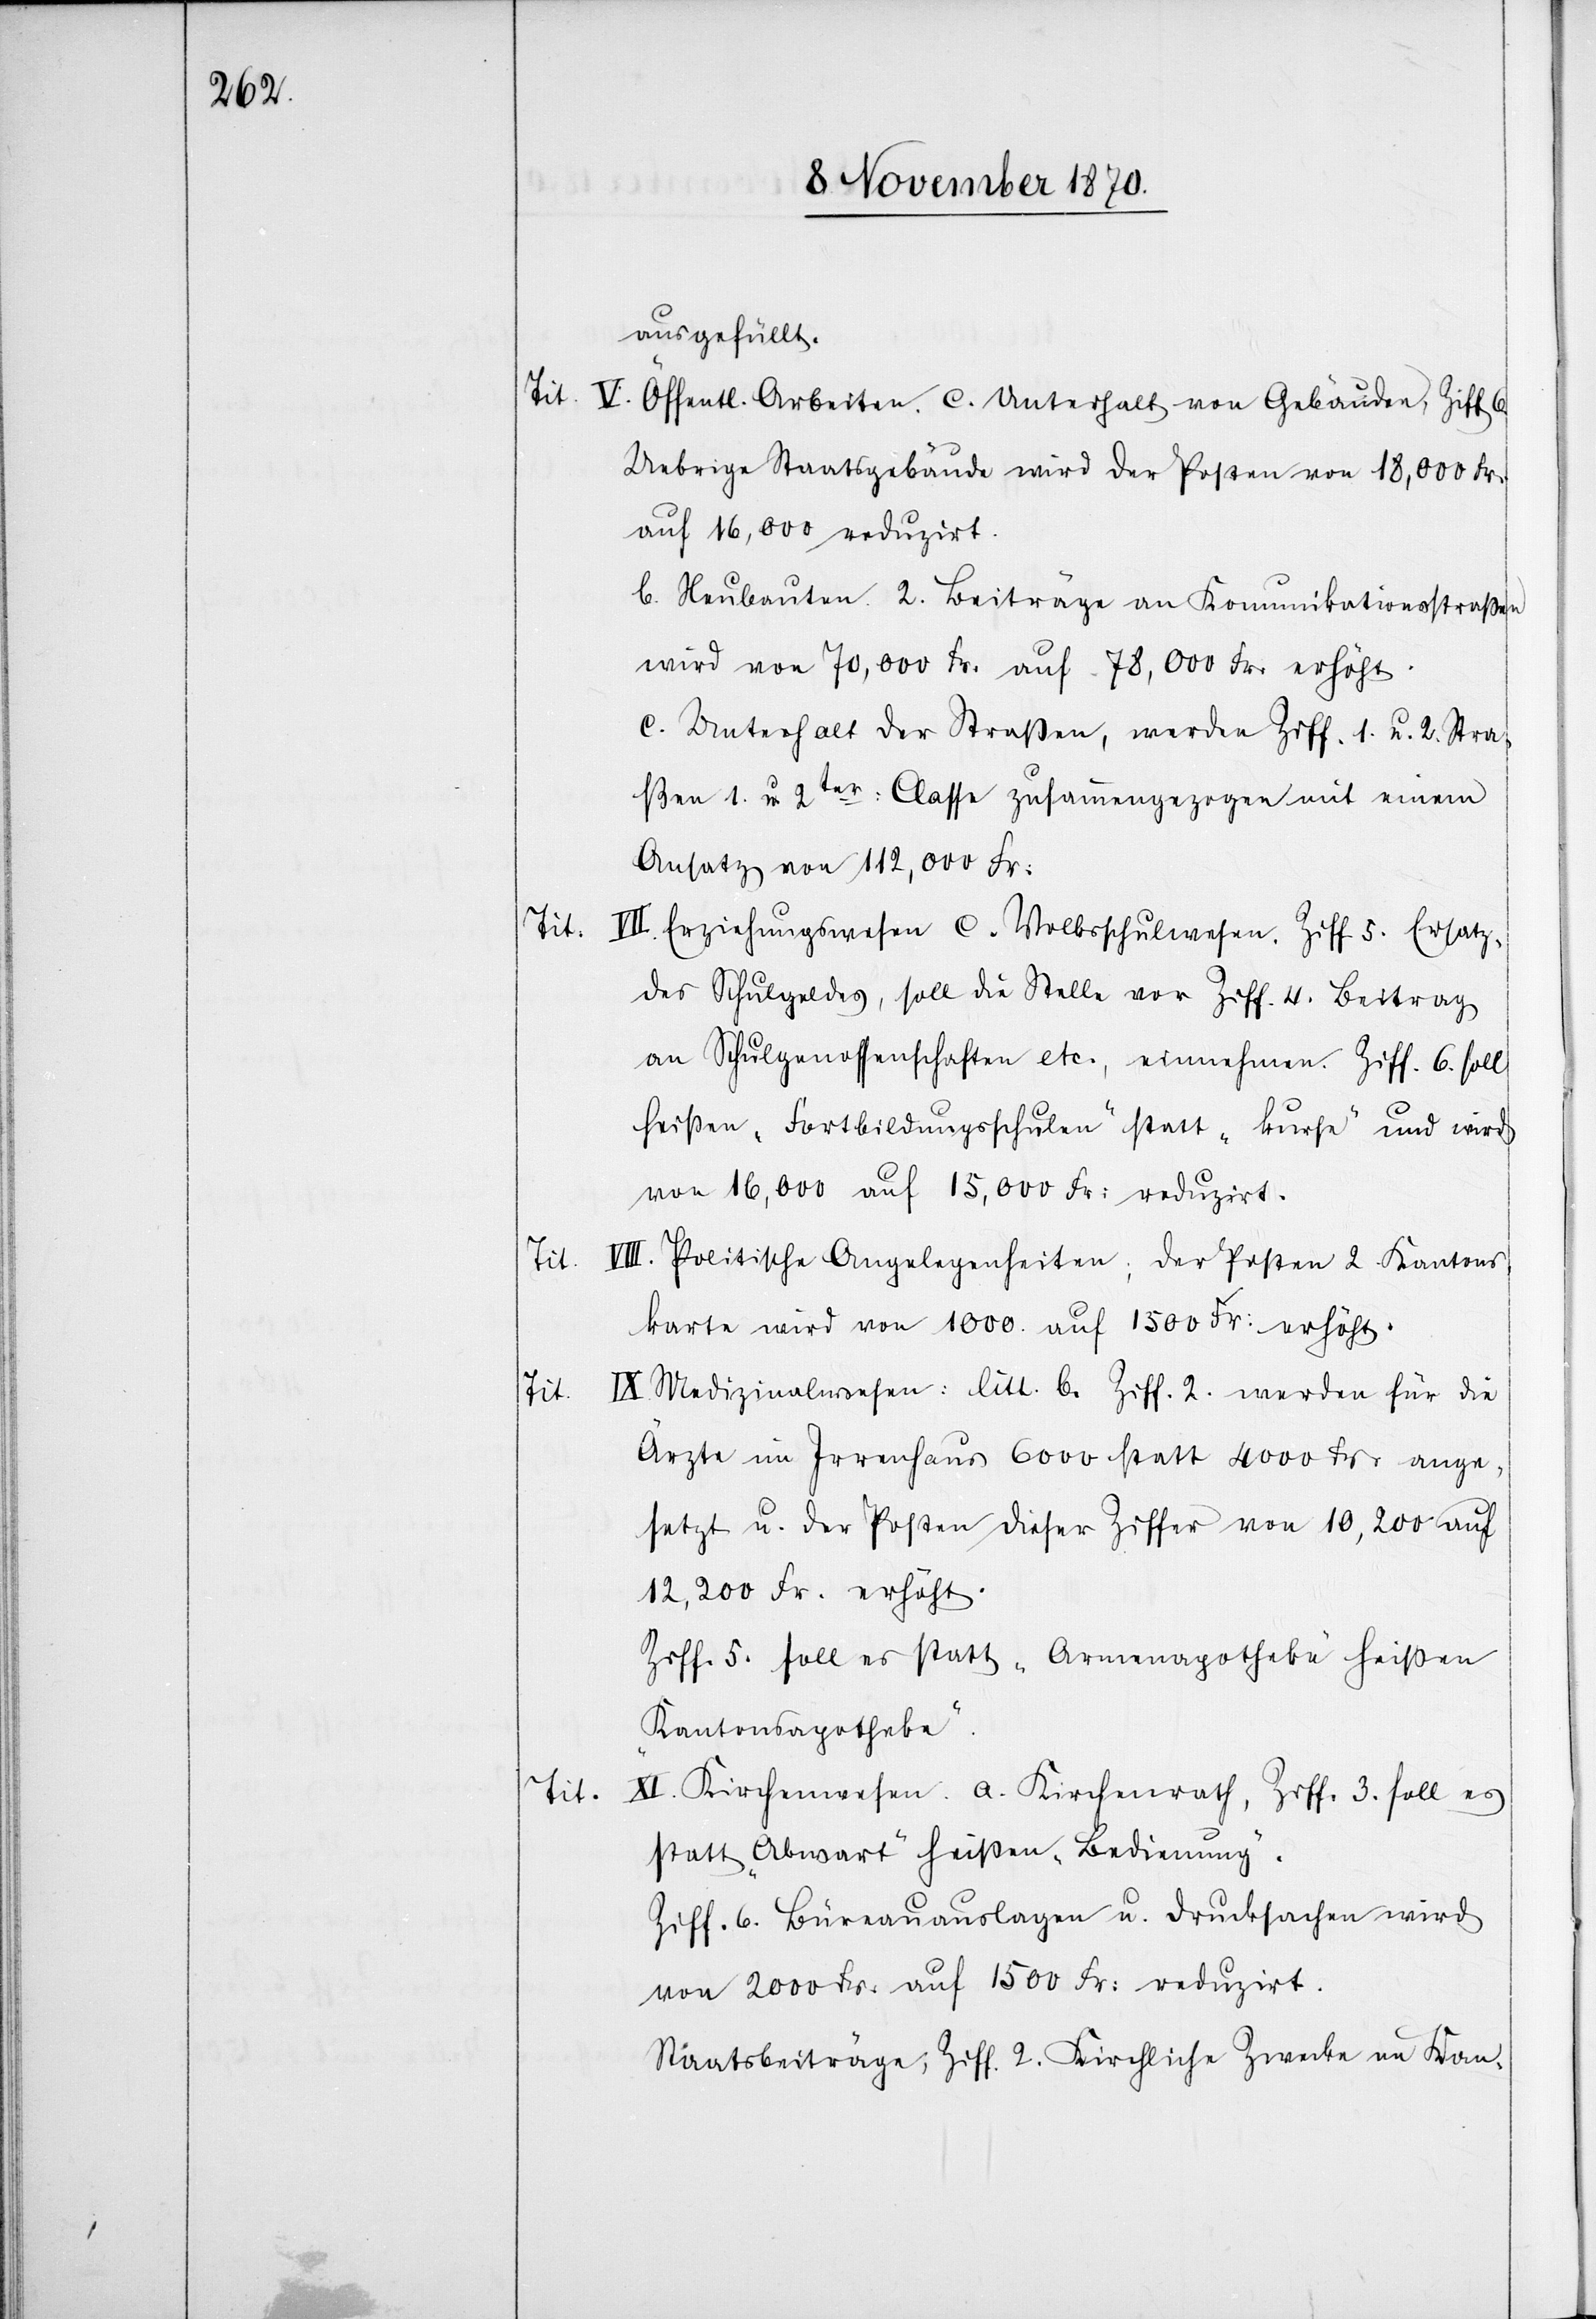
Tit.

ausgefüllt.
Tit. V. Öffentl. Arbeiten. c. Unterhalt von Gebäuden, Ziff 6.
Uebrige Staatsgebäude wird der Posten von 18,000 Fr.
auf 16,000 reduzirt.
b. Neubauten. 2. Beiträge an Kommunikationstraßen
wird von 70,000 Fr. auf 78,000 Fr. erhöht.
c. Unterhalt der Straßen, werden Ziff. 1. u. 2. Stra¬
ßen 1. u 2ter Classe zusammengezogen mit einem
Ansatz von 112,000 Fr:
VII. Erziehungswesen c. Volksschulwesen. Ziff. 5. Ersatz
des Schulgeldes, soll die Stelle vor Ziff. 4. Beitrag
an Schulgenossenschaften etc., einnehmen. Ziff. 6. soll
heißen „Fortbildungsschulen“ statt „Kurse“ und wird
von 16,000 auf 15,000 Fr: reduzirt.
Politische Angelegenheiten; der Posten 2. Kantons¬
karte wird von 1000. auf 1500 Fr: erhöht.
IX. Medizinalwesen: litt. b. Ziff. 2 werden für die
Ärzte im Irrenhaus 6000 statt 4000 Fr: ange¬
setzt u. der Posten dieser Ziffer von 10,200 auf
12,200 Fr: erhöht.
Ziff. 5. soll es statt „Armenapotheke“ heißen
„Kantonsapotheke“.
XI. Kirchenwesen. a. Kirchenrath, Ziff. 3. soll es
statt „Abwart“ heißen „Bedienung“.
Ziff. 6. Büreauauslagen u. Drucksachen wird
von 2000 Fr: auf 1500 Fr: reduzirt.
Staatsbeiträge; Ziff. 2. Kirchliche Zwecke an Kan-